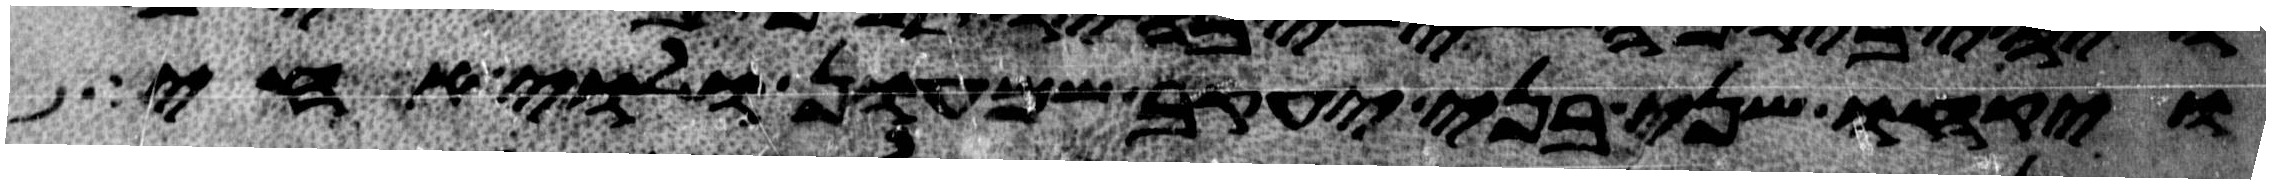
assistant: ויקחו שני בני יעקב שמעון ולוי אחי